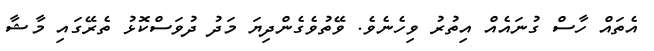
އެތައް ހާސް ގުނައެއް އިތުރު ވިހެނެވެ. ވޭތުވެގެންދިޔަ މަދު ދުވަސްކޮޅު ތެރޭގައި މާޝާ